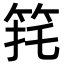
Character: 𮅈